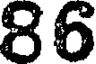
86